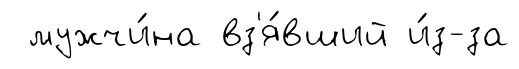
мужчи́на вз'я́вший и́з-за